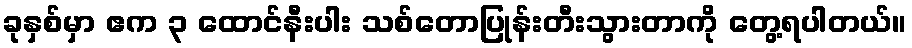
ခုနှစ်မှာ ဧက ၃ ထောင်နီးပါး သစ်တောပြုန်းတီးသွားတာကို တွေ့ရပါတယ်။